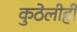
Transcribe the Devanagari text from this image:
कुठेलीही